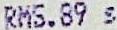
RM5.89 S